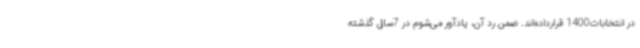
در انتخابات1400 قرارداده‌اند. ضمن رد آن، یادآور می‌شوم در 7سال گذشته